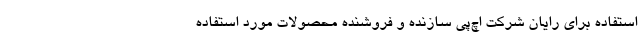
استفاده برای رایان شرکت اچ‌پی سازنده و فروشنده محصولات مورد استفاده